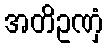
အတိဥဏှံ